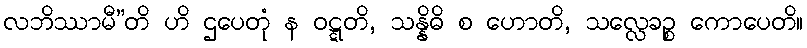
လဘိဿာမီ”တိ ဟိ ဌပေတုံ န ဝဋ္ဋတိ, သန္နိဓိ စ ဟောတိ, သလ္လေခဉ္စ ကောပေတိ။